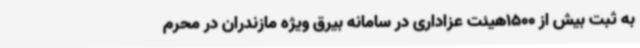
به ثبت بیش از 1500هیئت عزاداری در سامانه بیرق ویژه مازندران در محرم